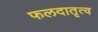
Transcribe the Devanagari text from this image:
फलदातृत्व